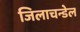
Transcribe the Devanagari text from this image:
जिलाचन्डेल